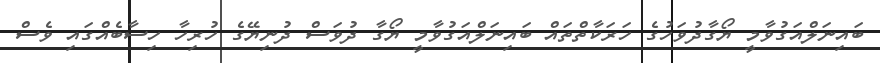
ބައިނަލްއަގުވާމީ ޔޯގާދުވަހުގެ ހަރަކާތްތައް ބައިނަލްއަގުވާމީ ޔޯގާ ދުވަސް ދުނިޔޭގެ ހުރިހާ ހިސާބެއްްގައި ވެސް